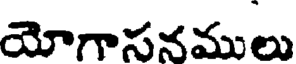
యోగాసనములు